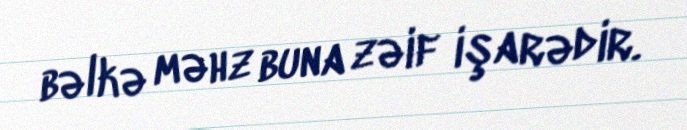
bəlkə məhz buna zəif işarədir.